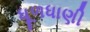
ધૂળધાણી